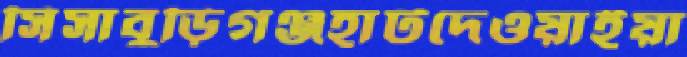
সিসাবুড়িগঞ্জহাটদেওয়াইয়া